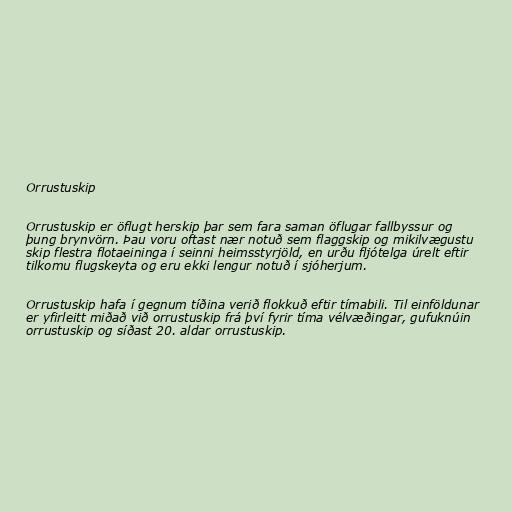
Orrustuskip

Orrustuskip er öflugt herskip þar sem fara saman öflugar fallbyssur og
þung brynvörn. Þau voru oftast nær notuð sem flaggskip og mikilvægustu
skip flestra flotaeininga í seinni heimsstyrjöld, en urðu fljótelga úrelt eftir
tilkomu flugskeyta og eru ekki lengur notuð í sjóherjum.

Orrustuskip hafa í gegnum tíðina verið flokkuð eftir tímabili. Til einföldunar
er yfirleitt miðað við orrustuskip frá því fyrir tíma vélvæðingar, gufuknúin
orrustuskip og síðast 20. aldar orrustuskip.